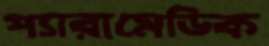
প্যারামেডিক